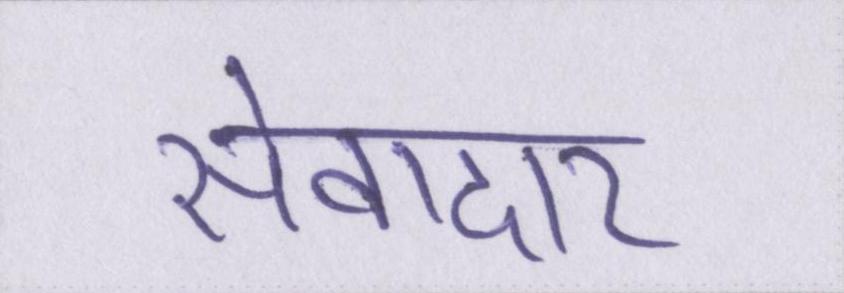
सेवादार